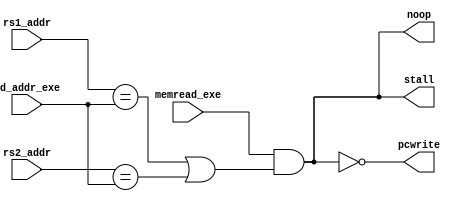
module Hazard_Detection(memread_exe, rd_addr_exe, rs1_addr, rs2_addr, pcwrite, stall, noop);

input           memread_exe;
input   [4:0]   rd_addr_exe, rs1_addr, rs2_addr;

output          stall, noop, pcwrite;

wire    is_load_use;
assign  is_load_use = memread_exe & ((rs1_addr == rd_addr_exe) | (rs2_addr == rd_addr_exe));

assign  stall   = is_load_use;
assign  noop    = is_load_use;
assign  pcwrite = !is_load_use;

endmodule